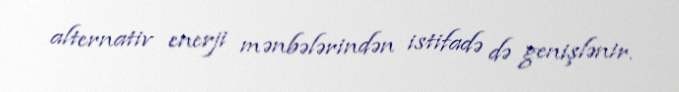
alternativ enerji mənbələrindən istifadə də genişlənir.